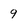
Character: 9